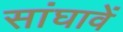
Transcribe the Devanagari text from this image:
सांघावें